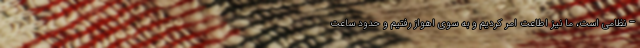
– نظامی است، ما نیز اطاعت امر کردیم و به سوی اهواز رفتیم و حدود ساعت